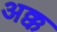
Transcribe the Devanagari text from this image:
अक्क